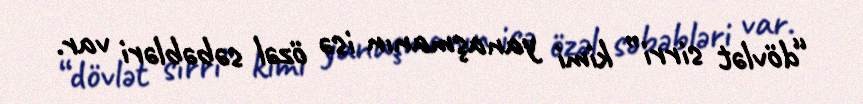
“dövlət sirri” kimi yanaşmanın isə özəl səbəbləri var.